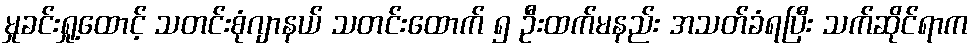
မှုခင်းရှု့ထောင့် သတင်းစုံဂျာနယ် သတင်းထောက် ၅ ဦးထက်မနည်း အသတ်ခံရပြီး သက်ဆိုင်ရာက